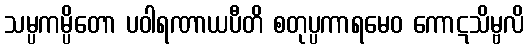
သမ္ပကမ္ပိတော ပဝါရဏာယပီတိ စတုပ္ပကာရမေဝ ကောဋသိမ္ဗလိ